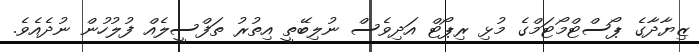
ޒިޔާދާގެ ޕޯސްޓްމޯޓަމްގެ މުޅި ރިޕޯޓް އަދިވެސް ނުލިބޭތީ އިތުރު ތަފްސީލެއް ފުލުހުން ނުދެއެވެ.